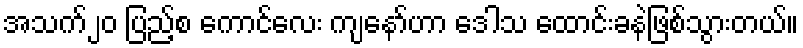
အသက်၂၀ ပြည့်စ ကောင်လေး ကျနော်ဟာ ဒေါသ ထောင်းခနဲဖြစ်သွားတယ်။